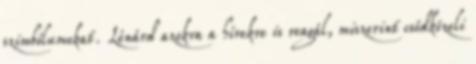
szimbólumokat. Lénárd azokra a hírekre is reagál, miszerint csődközeli